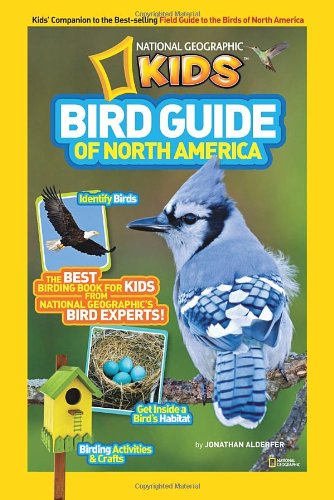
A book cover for National Geographic Kids Bird Guide of North America: The Best Birding Book for Kids from National Geographic's Bird Experts; Jonathan Alderfer; Children's Books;